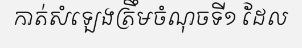
កាត់សំឡេងត្រឹមចំណុចទី១ ដែល